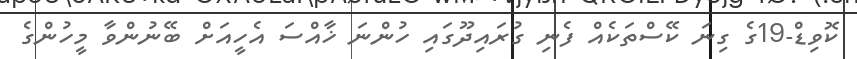
ކޮވިޑް-19ގެ ގިނަ ކޭސްތަކެއް ފެނި ގުރައިދޫގައި ހުންނަ ޚާއްސަ އެހީއަށް ބޭނުންވާ މީހުންގެ